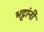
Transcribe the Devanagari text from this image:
भट्टांनीं